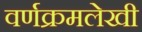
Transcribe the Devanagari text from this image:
वर्णक्रमलेखी